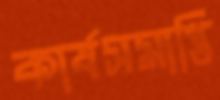
কার্যসমাপ্তি